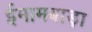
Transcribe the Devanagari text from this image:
ईमामबाड़ा